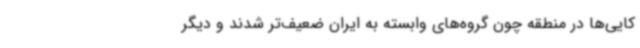
کایی‌ها در منطقه چون گروه‌های وابسته به ایران ضعیف‌تر شدند و دیگر